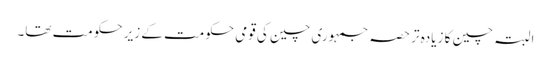
البتہ چین کا زیادہ تر حصہ جمہوری چین کی قومی حکومت کے زیر حکومت تھا۔